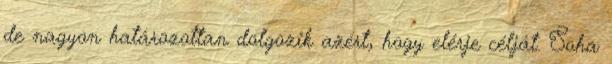
de nagyon határozottan dolgozik azért, hogy elérje célját. Soha